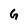
Character: G